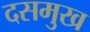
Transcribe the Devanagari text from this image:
दसमुख